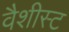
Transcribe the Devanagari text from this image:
वैशीस्ट